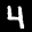
Label: 4